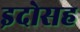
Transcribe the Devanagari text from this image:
इदोसह